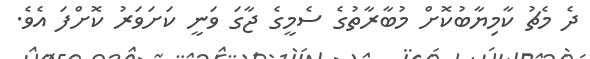
ދެ މެޗު ކާމިޔާބުކޮށް މުބާރާތުގެ ސެމީގެ ޖާގަ ވަނީ ކަށަވަރު ކޮށްފަ އެވެ.